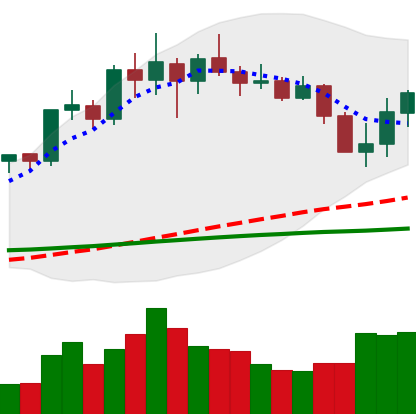
Ticker: LINK-USD
Chart end date: 2020-02-28
Forward return: 11.604%
Label: up_7plus